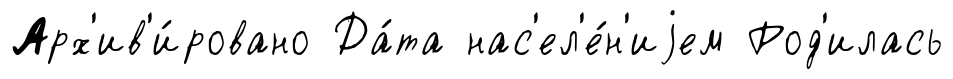
Арх'ив'и́ровано Да́та нас'ел'е́н'иjем Род'илась